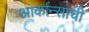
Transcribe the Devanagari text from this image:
आर्कान्साची